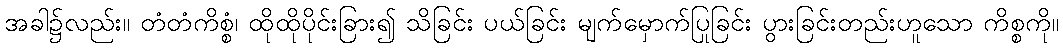
အခါ၌လည်း။ တံတံကိစ္စံ၊ ထိုထိုပိုင်းခြား၍ သိခြင်း ပယ်ခြင်း မျက်မှောက်ပြုခြင်း ပွားခြင်းတည်းဟူသော ကိစ္စကို။